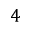
4